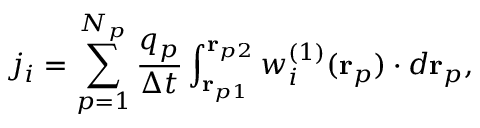
j _ { i } = \sum _ { p = 1 } ^ { N _ { p } } \frac { q _ { p } } { \Delta t } \int _ { \mathbf { r } _ { p 1 } } ^ { \mathbf { r } _ { p 2 } } w _ { i } ^ { ( 1 ) } ( \mathbf { r } _ { p } ) \cdot d \mathbf { r } _ { p } ,